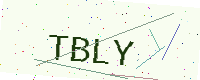
Text: TBLY